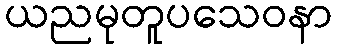
ယညမုတူပသေဝနာ